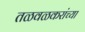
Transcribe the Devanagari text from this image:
तळवळकरांच्या